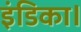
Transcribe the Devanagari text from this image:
इंडिका।